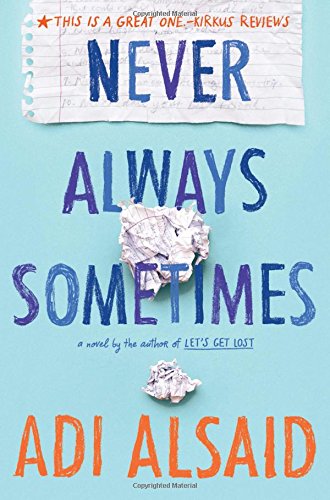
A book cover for Never Always Sometimes (Harlequin Teen); Adi Alsaid; Teen & Young Adult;